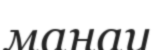
манау